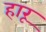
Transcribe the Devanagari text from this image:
हारू